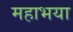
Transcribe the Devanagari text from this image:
महाभया